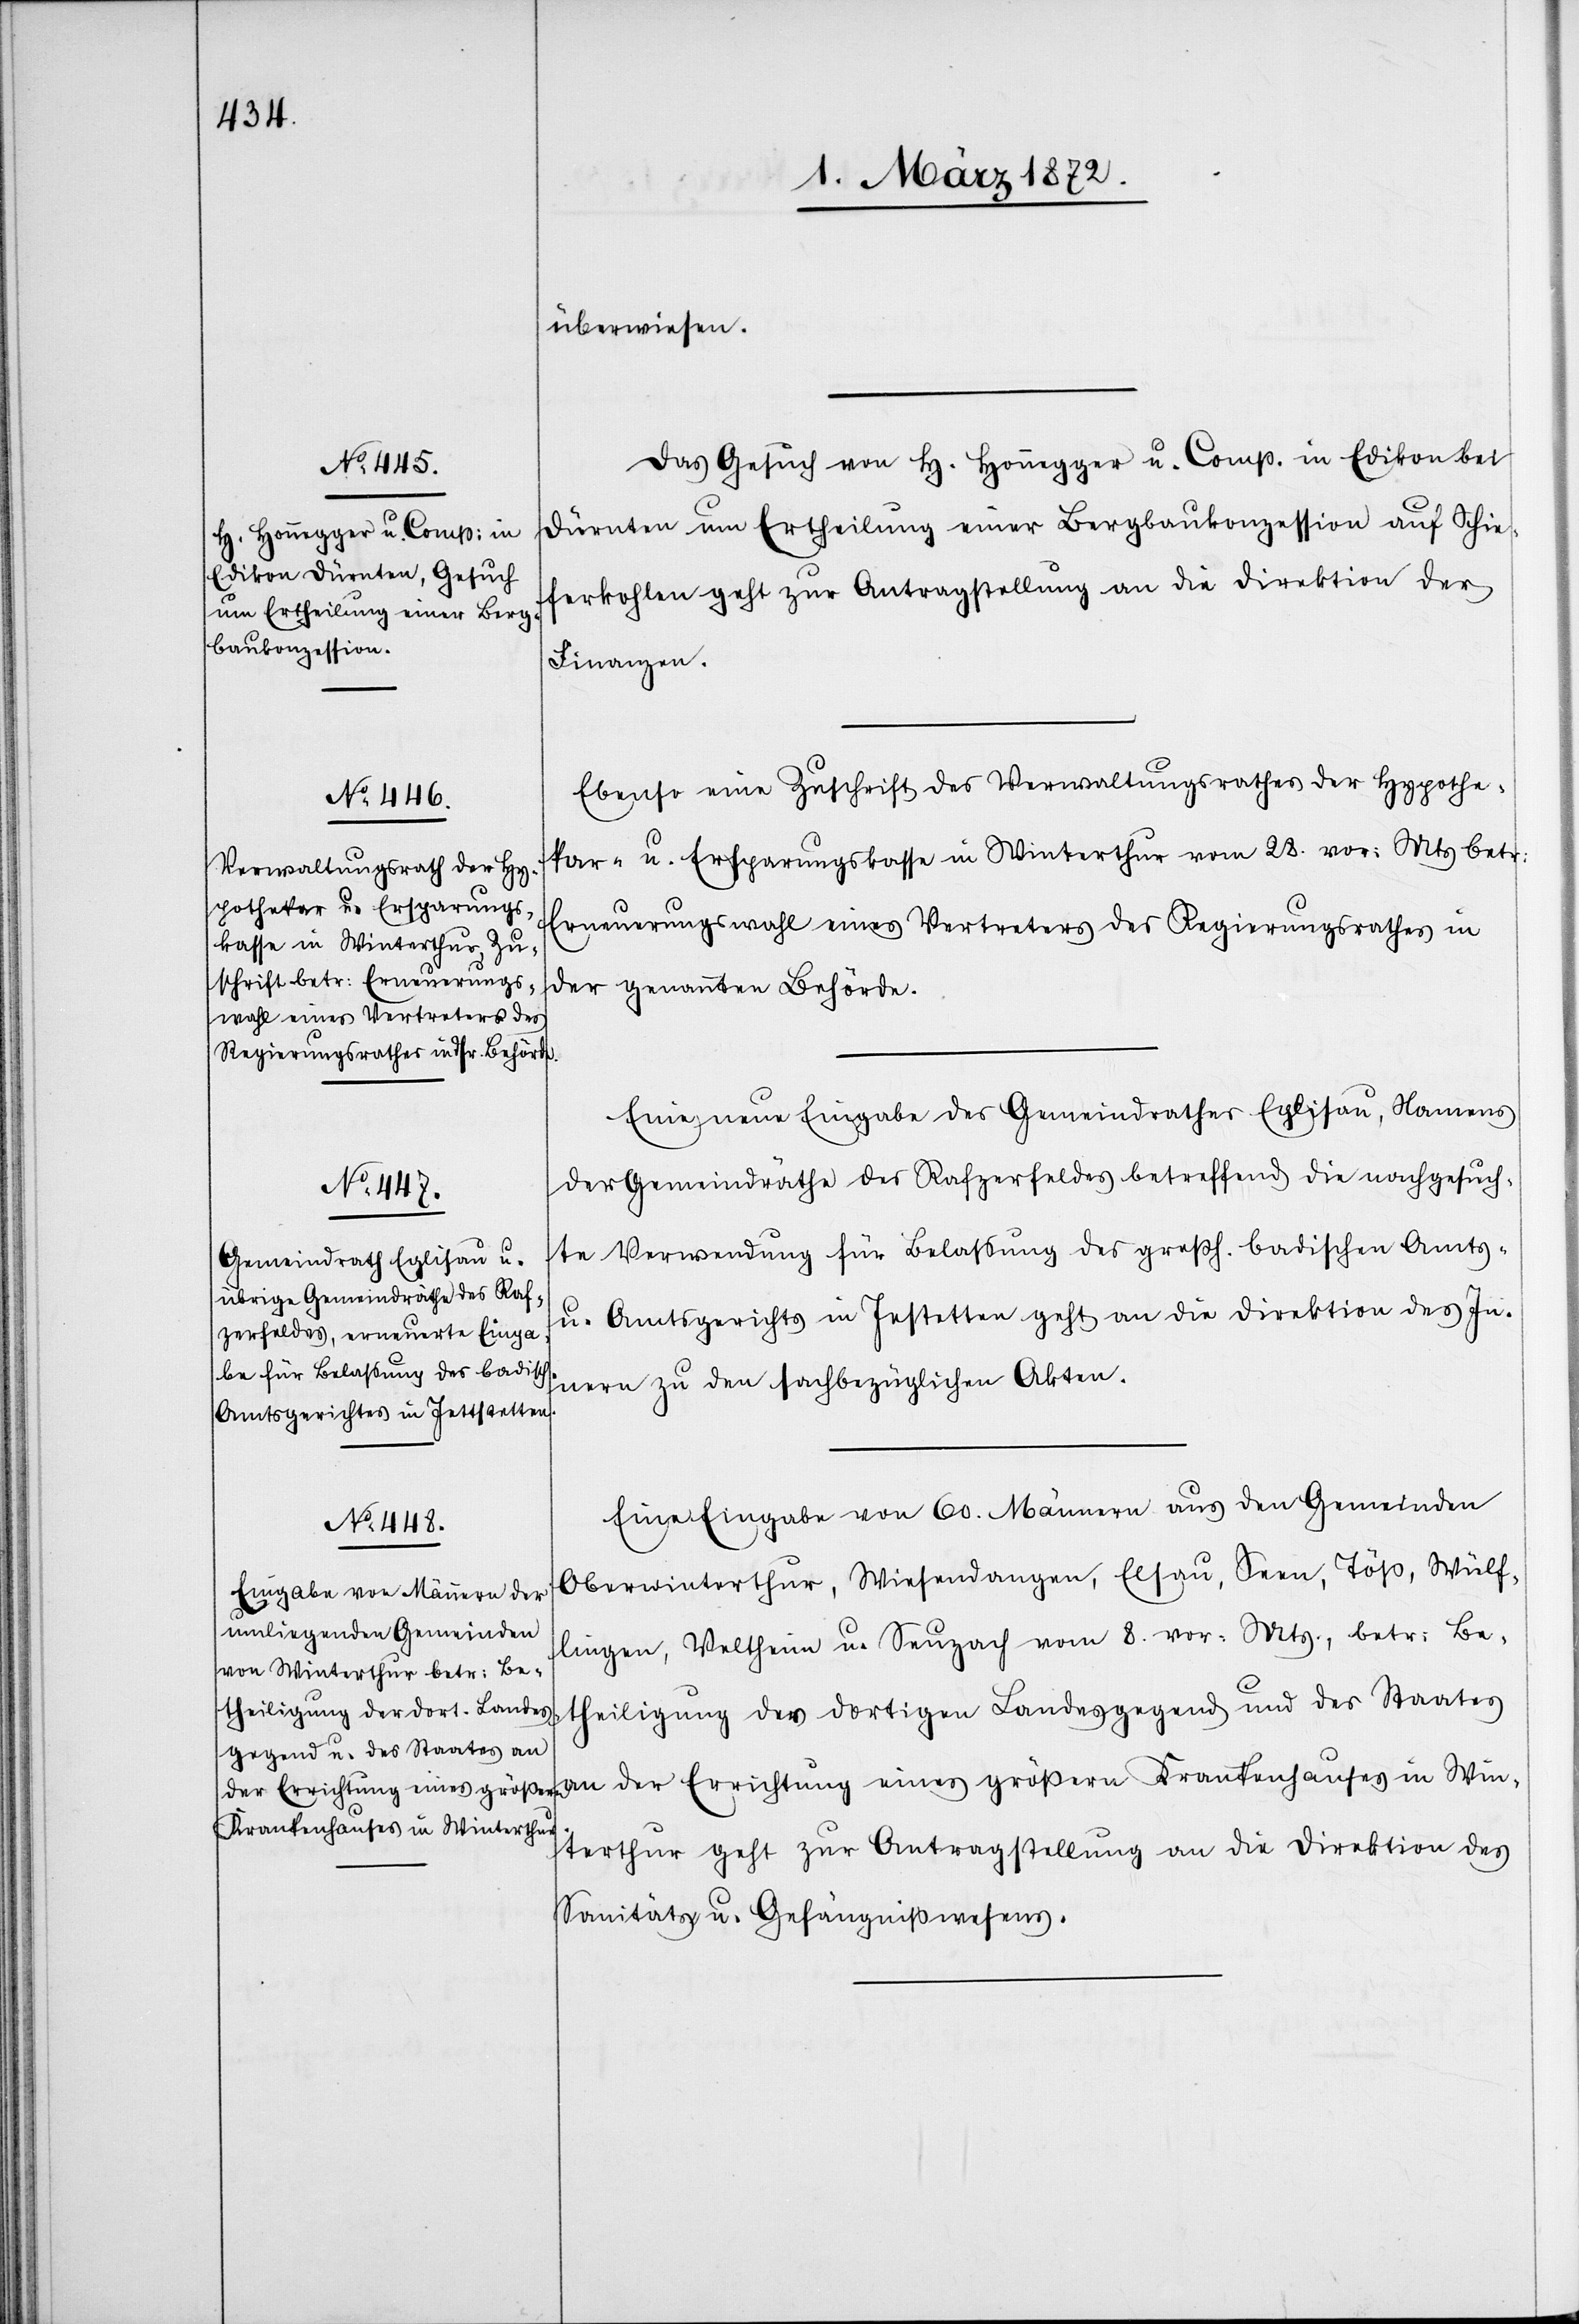
1. März 1872.]
überwiesen.
Das Gesuch von H. Honnegger u. Comp. in Edikon bei
Dürnten um Ertheilung einer Bergbaukonzession auf Schie¬
ferkohlen geht zur Antragstellung an die Direktion der
Finanzen.
Ebenso eine Zuschrift des Verwaltungsrathes der Hypothe¬
kar- u. Ersparungskasse in Winterthur vom 28. vor. Mts betr.
Erneuerungswahl eines Vertreters des Regierungsrathes in
der genannten Behörde.
Eine neue Eingabe des Gemeindrathes Eglisau, Namens
der Gemeindräthe des Rafzerfeldes betreffend die nachgesuch¬
te Verwendung für Belassung des großh. badischen Amts-
u. Amtsgerichts [sic!] in Jestetten geht an die Direktion des In¬
nern zu den sachbezüglichen Akten.
Eine Eingabe von 60. Männern aus den Gemeinden
Oberwinterthur, Wiesendangen, Elsau, Seen, Töß, Wulf¬
lingen, Veltheim u. Seuzach vom 8. vor. Mts., betr. Be¬
theiligung der dortigen Landesgegend und des Staates
an der Errichtung eines größern Krankenhauses in Win¬
terthur geht zu Antragstellung an die Direktion des
Sanitäts- u. Gefängnißwesens.